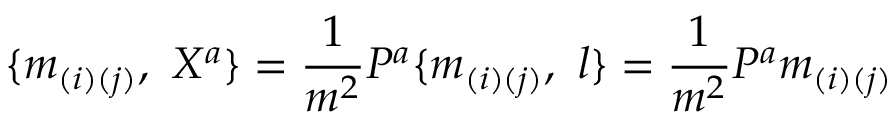
\{ m _ { ( i ) ( j ) } , \ X ^ { a } \} = { \frac { 1 } { m ^ { 2 } } } { \cal P } ^ { a } \{ m _ { ( i ) ( j ) } , \ l \} = { \frac { 1 } { m ^ { 2 } } } { \cal P } ^ { a } m _ { ( i ) ( j ) }